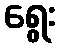
ရွေး